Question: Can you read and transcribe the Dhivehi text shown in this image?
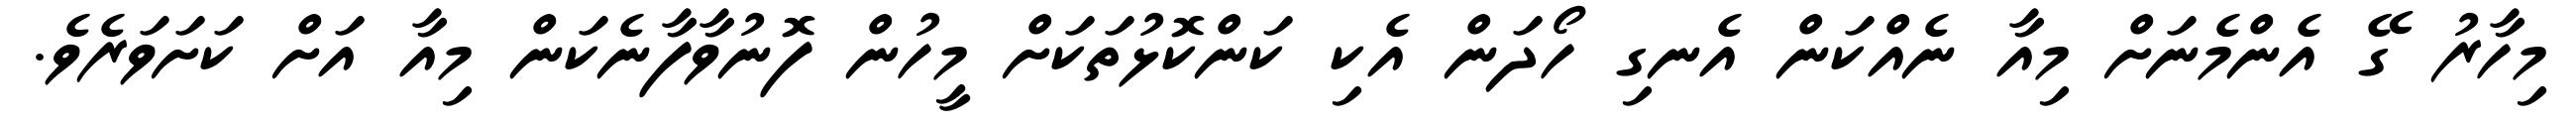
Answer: މިހާރު ގޭ އެންމެނަށް މިއާ ނެއްކަން އެނގި ހޯދަން އެކި ކަންކޮޅުތަކަށް މީހުން ފޮނުވާފާނެކަން މިއާ އަށް ކަށަވަރެވެ.